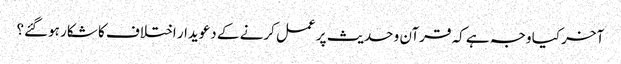
آخر کیا وجہ ہے کہ قرآن و حدیث پر عمل کرنے کے دعویدار اختلاف کا شکار ہوگئے؟